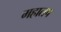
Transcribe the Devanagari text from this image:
महातप